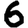
Digit: 6